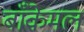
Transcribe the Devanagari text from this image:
बाँकेमल